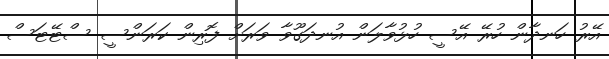
އޭރު ހަނދާން ހުރޭ އޭސީ ހުޅުވާލަން އުނދަގޫވާ ވަރަށް ފޮރިން ކަރަންސީ ސްޓޭޓަސް